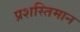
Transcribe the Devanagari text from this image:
प्रशस्तिमान